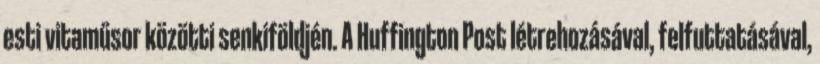
esti vitaműsor közötti senkiföldjén. A Huffington Post létrehozásával, felfuttatásával,